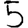
Digit: 5